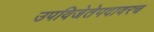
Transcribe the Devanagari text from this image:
उपविजेतेपदावरच